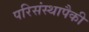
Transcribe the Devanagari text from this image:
परिसंस्थापैकी